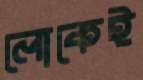
লোকেই